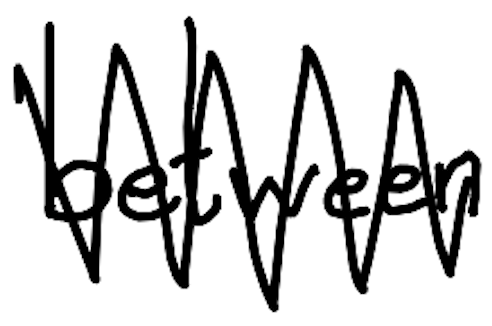
Text: between
Cross-out: zig-zag
Writing tool: digital_black